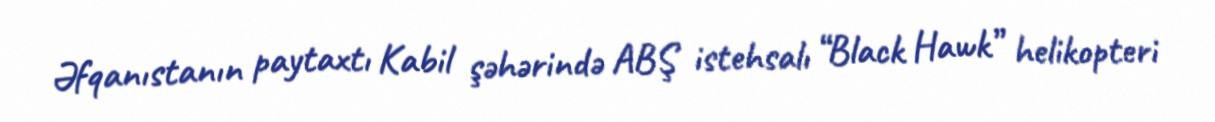
Əfqanıstanın paytaxtı Kabil şəhərində ABŞ istehsalı “Black Hawk” helikopteri